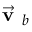
{ \vec { \textbf { v } } } _ { b }